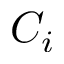
C _ { i }